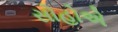
સોહોએ